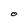
Character: 0